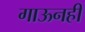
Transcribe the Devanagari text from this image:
गाऊनही